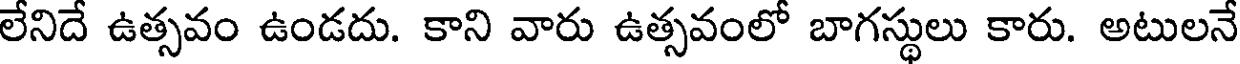
లేనిదే ఉత్సవం ఉండదు. కాని వారు ఉత్సవంలో బాగస్థులు కారు. అటులనే